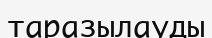
таразылауды